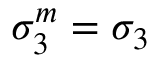
\sigma _ { 3 } ^ { m } = \sigma _ { 3 }